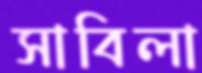
সাবিলা